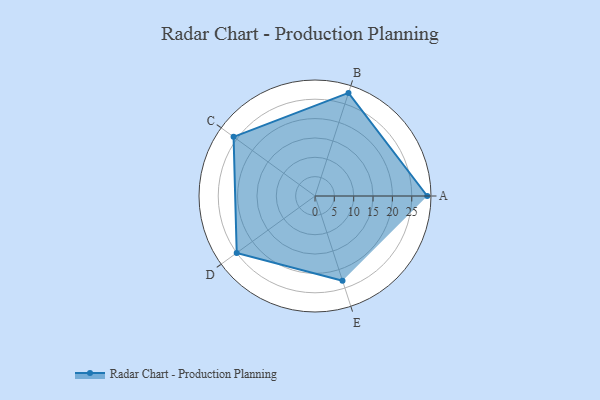
{"axis": {"x": "Skill", "y": "Score"}, "legend": ["Profile"], "data": [{"x": "A", "y": 29.0, "type": "Profile"}, {"x": "B", "y": 28.0, "type": "Profile"}, {"x": "C", "y": 26.0, "type": "Profile"}, {"x": "D", "y": 25.0, "type": "Profile"}, {"x": "E", "y": 23.0, "type": "Profile"}]}